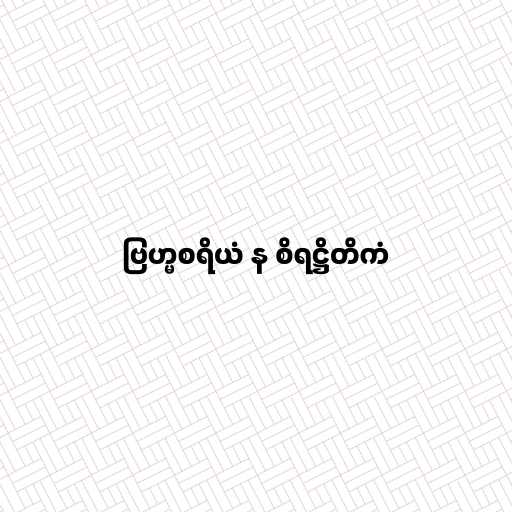
ဗြဟ္မစရိယံ န စိရဋ္ဌိတိကံ